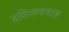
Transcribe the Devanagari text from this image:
प्रतिरूपमात्र